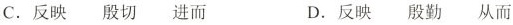
C. 反映 殷切 进而 D. 反映 殷勤 从而